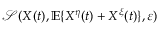
\mathcal { S } ( X ( t ) , \mathbb { E } \{ X ^ { \eta } ( t ) + X ^ { \xi } ( t ) \} , \varepsilon )